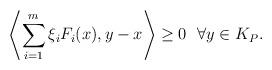
LaTeX: \begin{align*}\left\langle \sum_{i=1}^m\xi_iF_i(x),y-x \right\rangle \geq 0 \ \ \forall y\in K_P.\end{align*}